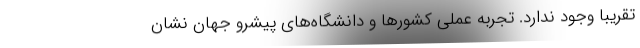
تقریبا وجود ندارد. تجربه عملی کشورها و دانشگا‌ه‌های پیشرو جهان نشان